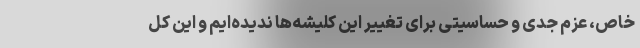
خاص، عزم جدی و حساسیتی برای تغییر این کلیشه‌ها ندیده‌ایم و این کل